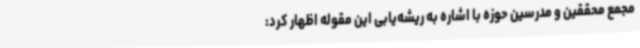
مجمع محققین و مدرسین حوزه با اشاره به ریشه‌یابی این مقوله اظهار کرد: